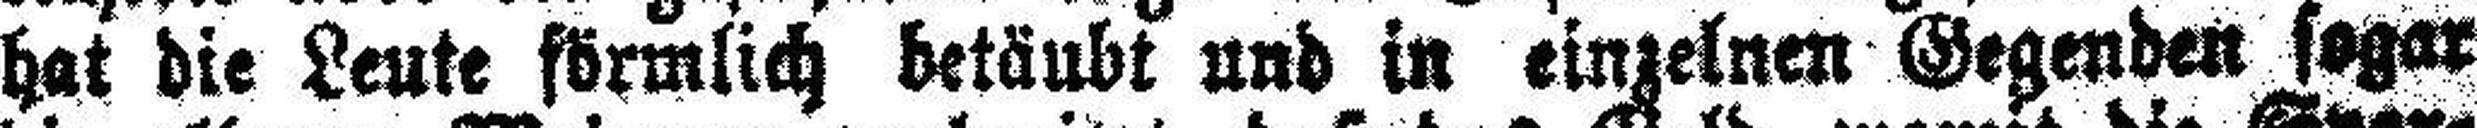
hat die Leute förmlich betäubt und in einzelnen Gegenden sogar